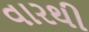
વારથી